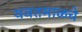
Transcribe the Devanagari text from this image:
यवतमाळचे